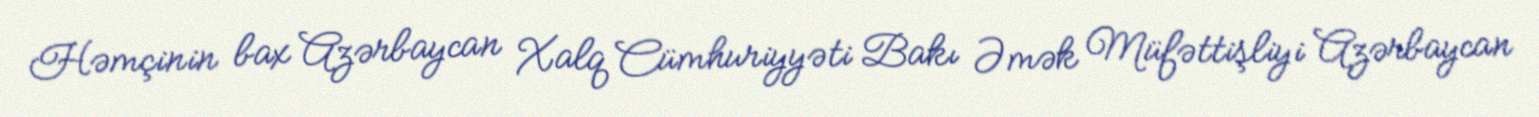
Həmçinin bax Azərbaycan Xalq Cümhuriyyəti Bakı Əmək Müfəttişliyi Azərbaycan